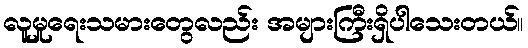
လူမှုရေးသမားတွေလည်း အများကြီးရှိပါသေးတယ်။